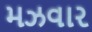
મઝવાર